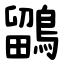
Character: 鶹